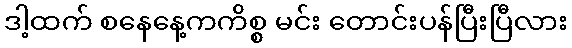
ဒါ့ထက် စနေနေ့ကကိစ္စ မင်း တောင်းပန်ပြီးပြီလား